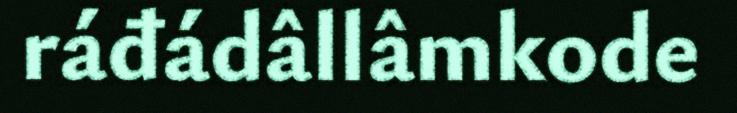
ráđádâllâmkode